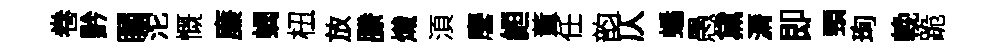
卷黔瞩沱慨廉蝎杻放縢熾湏麐縆董任韵仄蟠愚黛漘即頸珣輓跪